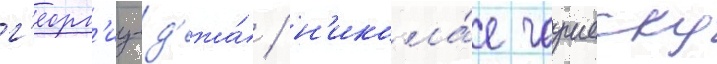
г'еорг'иу-д'ежа́ / н'икола́е чаушеску